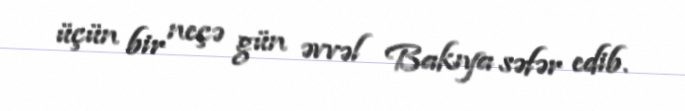
üçün bir neçə gün əvvəl Bakıya səfər edib.